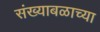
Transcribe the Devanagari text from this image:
संख्याबळाच्या